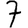
Digit: 7